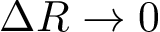
\Delta R \rightarrow 0